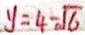
y = 4 - \sqrt { 6 }